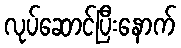
လုပ်ဆောင်ပြီးနောက်